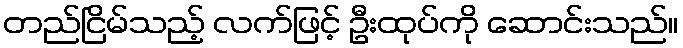
တည်ငြိမ်သည့် လက်ဖြင့် ဦးထုပ်ကို ဆောင်းသည်။